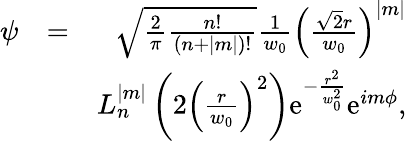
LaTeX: \begin{array}{rlr}{\psi}&{=}&{\sqrt{\frac{2}{\pi}\frac{n!}{(n+|m|)!}}\frac{1}{w_{0}}\left(\frac{\sqrt{2}r}{w_{0}}\right)^{|m|}}\\ &{}&{L_{n}^{|m|}\left(2\left(\frac{r}{w_{0}}\right)^{2}\right)\mathrm{e}^{-\frac{r^{2}}{w_{0}^{2}}}\mathrm{e}^{im\phi},}\end{array}